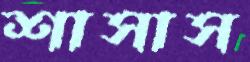
শাসাস